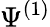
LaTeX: \Psi^{(1)}